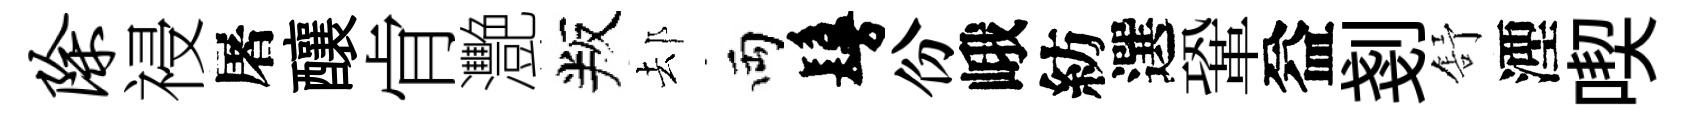
除祲屠釀肻灧叛𨚫両鬘份峨紡選鞏益剗舒湮喫